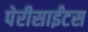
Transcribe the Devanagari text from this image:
पेरीसाईंटस